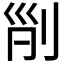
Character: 𠜊